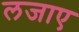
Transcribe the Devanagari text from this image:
लजाए